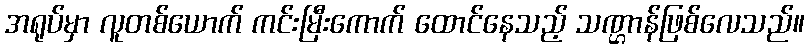
အရုပ်မှာ လူတစ်ယောက် ကင်းမြီးကောက် ထောင်နေသည့် သဏ္ဌာန်ဖြစ်လေသည်။